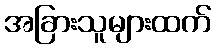
အခြားသူများထက်